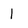
Character: 1